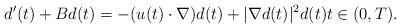
LaTeX: \begin{align*} d^{\prime} (t) +B d(t) = - (u(t) \cdot \nabla) d(t) + \lvert \nabla d(t) \rvert^2 d(t) t \in (0 , T).\end{align*}